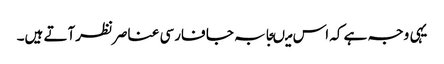
یہی وجہ ہے کہ اس میںجابہ جا فارسی عناصرنظرآتے ہیں۔